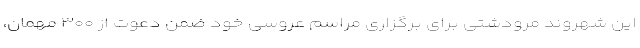
این شهروند مرودشتی برای برگزاری مراسم عروسی خود ضمن دعوت از ۳۰۰ مهمان،